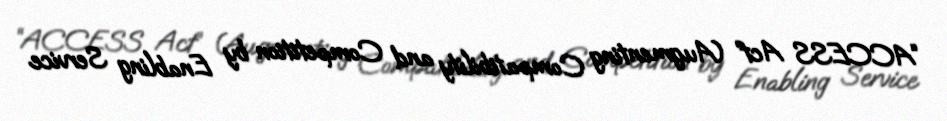
“ACCESS Act” (Augmenting Compatibility and Competition by Enabling Service